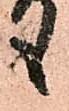
も